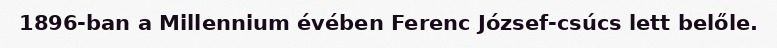
1896-ban a Millennium évében Ferenc József-csúcs lett belőle.